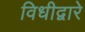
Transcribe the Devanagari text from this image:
विधीद्वारे